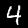
Digit: 4